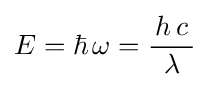
E=\hbar \,\omega ={\frac {\,h\,c\,}{\lambda }}